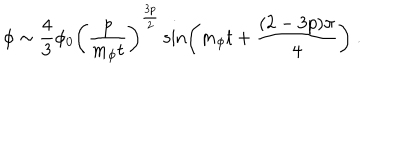
\phi \sim \frac { 4 } { 3 } \phi _ { 0 } \left( \frac { p } { m _ { \phi } t } \right) ^ { \frac { 3 p } { 2 } } \sin \left( m _ { \phi } t + \frac { ( 2 - 3 p ) \pi } { 4 } \right) \ .